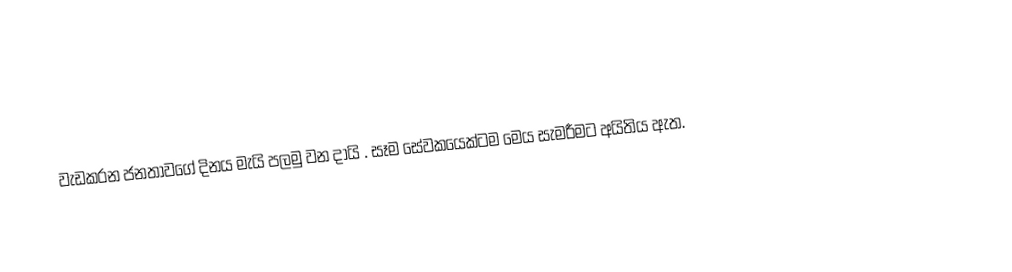
වැඩකරන ජනතාවගේ දිනය මැයි පලමු වන දායි . සෑම සේවකයෙක්ටම මෙය සැමරීමට අයිතිය ඇත.